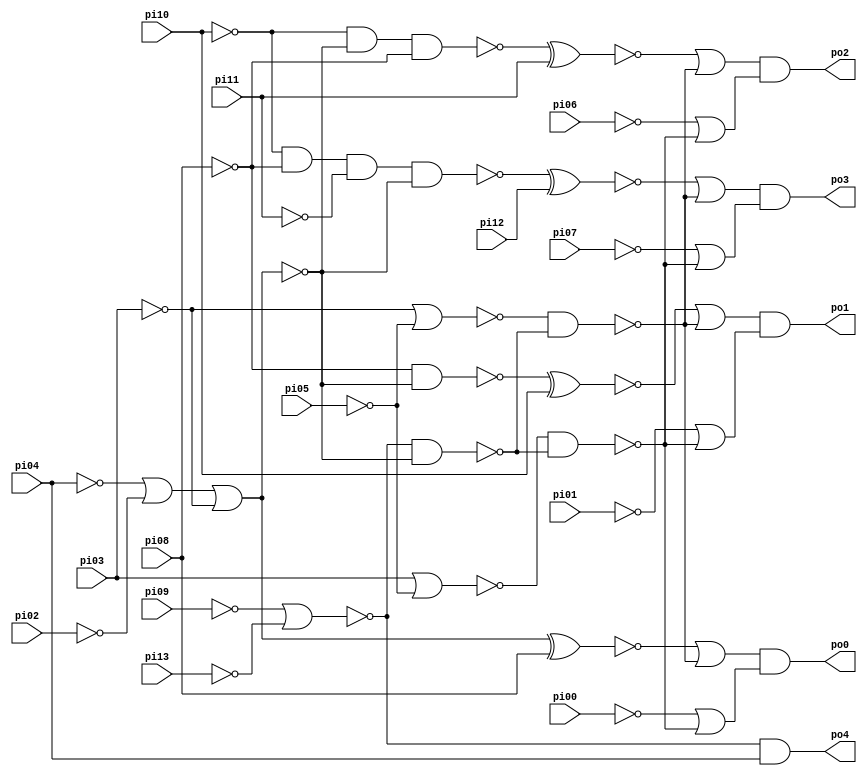
// Benchmark "CM162" written by ABC on Thu Mar 19 13:02:36 2020

module CM162 ( 
    pi00, pi01, pi02, pi03, pi04, pi05, pi06, pi07, pi08, pi09, pi10, pi11,
    pi12, pi13,
    po0, po1, po2, po3, po4  );
  input  pi00, pi01, pi02, pi03, pi04, pi05, pi06, pi07, pi08, pi09,
    pi10, pi11, pi12, pi13;
  output po0, po1, po2, po3, po4;
  wire new_n25_, new_n26_, new_n27_, new_n28_, new_n29_, new_n30_, new_n31_,
    new_n32_, new_n33_, new_n34_, new_n35_, new_n36_, new_n37_, new_n38_;
  assign po0 = (~new_n26_ | ~new_n27_) & (~pi00 | ~new_n25_);
  assign po1 = (~new_n28_ | ~new_n27_) & (~pi01 | ~new_n25_);
  assign po2 = (~new_n35_ | ~new_n27_) & (~pi06 | ~new_n25_);
  assign po3 = (~new_n36_ | ~new_n27_) & (~pi07 | ~new_n25_);
  assign po4 = ~new_n33_ & pi04;
  assign new_n25_ = ~new_n29_ & ~new_n34_;
  assign new_n26_ = new_n31_ ^ pi08;
  assign new_n27_ = ~new_n30_ & ~new_n34_;
  assign new_n28_ = ~new_n32_ ^ pi10;
  assign new_n29_ = pi03 | ~pi05;
  assign new_n30_ = ~pi03 | ~pi05;
  assign new_n31_ = ~pi04 | ~pi02 | ~pi03;
  assign new_n32_ = ~pi08 & ~new_n31_;
  assign new_n33_ = ~pi09 | ~pi13;
  assign new_n34_ = ~new_n33_ & ~new_n31_;
  assign new_n35_ = ~new_n37_ ^ pi11;
  assign new_n36_ = ~new_n38_ ^ pi12;
  assign new_n37_ = ~pi10 & ~new_n31_ & ~pi08;
  assign new_n38_ = ~pi10 & ~pi08 & ~pi11 & ~new_n31_;
endmodule